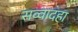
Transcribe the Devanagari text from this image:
सव्वादहा